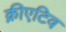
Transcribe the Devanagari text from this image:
क्रीएटिव